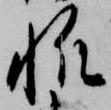
帆